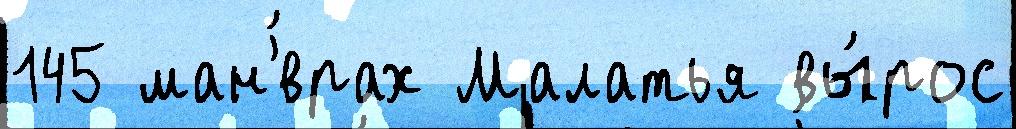
145 ман'́врах Малатья вы́рос